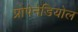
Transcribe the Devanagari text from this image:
प्रोपेनेडियोल